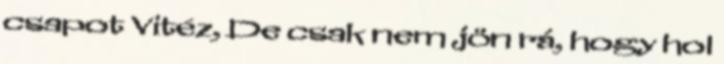
csapot Vitéz, De csak nem jön rá, hogy hol